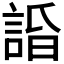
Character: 𧨥